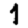
Digit: 1